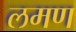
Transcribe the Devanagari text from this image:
लमण